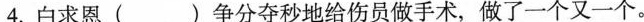
4.白求恩( )争分夺秒地给伤员做手术，做了一个又一个。